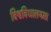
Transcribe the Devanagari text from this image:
विश्वविधालयमा